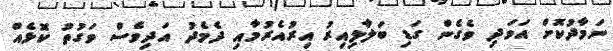
ނަމާދުކޮށް އަވަދި ވެގެން ގަޑި ބަލާލިއިރު އިރުއެރުމާއި ދެމެދު އަދިވެސް ވަގުތު ކޮޅެއް